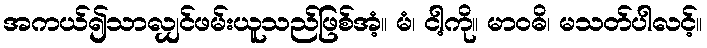
အကယ်၍သာလျှင်ဖမ်းယူသည်ဖြစ်အံ့။ မံ၊ ငါ့ကို။ မာဝဓိ၊ မသတ်ပါလင့်။